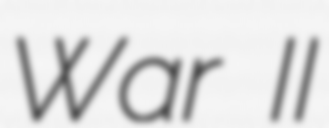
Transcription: War II